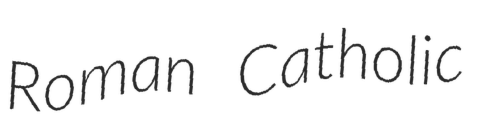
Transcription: Roman Catholic